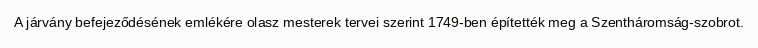
A járvány befejeződésének emlékére olasz mesterek tervei szerint 1749-ben építették meg a Szentháromság-szobrot.